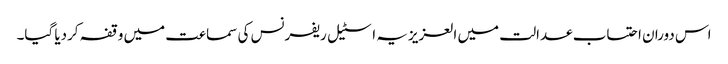
اس دوران احتساب عدالت میں العزیزیہ اسٹیل ریفرنس کی سماعت میں وقفہ کردیا گیا۔